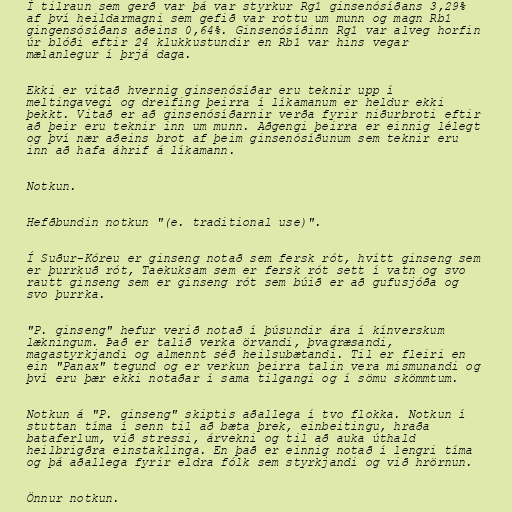
Í tilraun sem gerð var þá var styrkur Rg1 ginsenósíðans 3,29%
af því heildarmagni sem gefið var rottu um munn og magn Rb1
gingensósíðans aðeins 0,64%. Ginsenósíðinn Rg1 var alveg horfin
úr blóði eftir 24 klukkustundir en Rb1 var hins vegar
mælanlegur í þrjá daga.

Ekki er vitað hvernig ginsenósíðar eru teknir upp í
meltingavegi og dreifing þeirra í líkamanum er heldur ekki
þekkt. Vitað er að ginsenósíðarnir verða fyrir niðurbroti eftir
að þeir eru teknir inn um munn. Aðgengi þeirra er einnig lélegt
og því nær aðeins brot af þeim ginsenósíðunum sem teknir eru
inn að hafa áhrif á líkamann.

Notkun.

Hefðbundin notkun "(e. traditional use)".

Í Suður-Kóreu er ginseng notað sem fersk rót, hvítt ginseng sem
er þurrkuð rót, Taekuksam sem er fersk rót sett í vatn og svo
rautt ginseng sem er ginseng rót sem búið er að gufusjóða og
svo þurrka.

"P. ginseng" hefur verið notað í þúsundir ára í kínverskum
lækningum. Það er talið verka örvandi, þvagræsandi,
magastyrkjandi og almennt séð heilsubætandi. Til er fleiri en
ein "Panax" tegund og er verkun þeirra talin vera mismunandi og
því eru þær ekki notaðar í sama tilgangi og í sömu skömmtum.

Notkun á "P. ginseng" skiptis aðallega í tvo flokka. Notkun í
stuttan tíma í senn til að bæta þrek, einbeitingu, hraða
bataferlum, við stressi, árvekni og til að auka úthald
heilbrigðra einstaklinga. En það er einnig notað í lengri tíma
og þá aðallega fyrir eldra fólk sem styrkjandi og við hrörnun.

Önnur notkun.